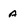
Character: A